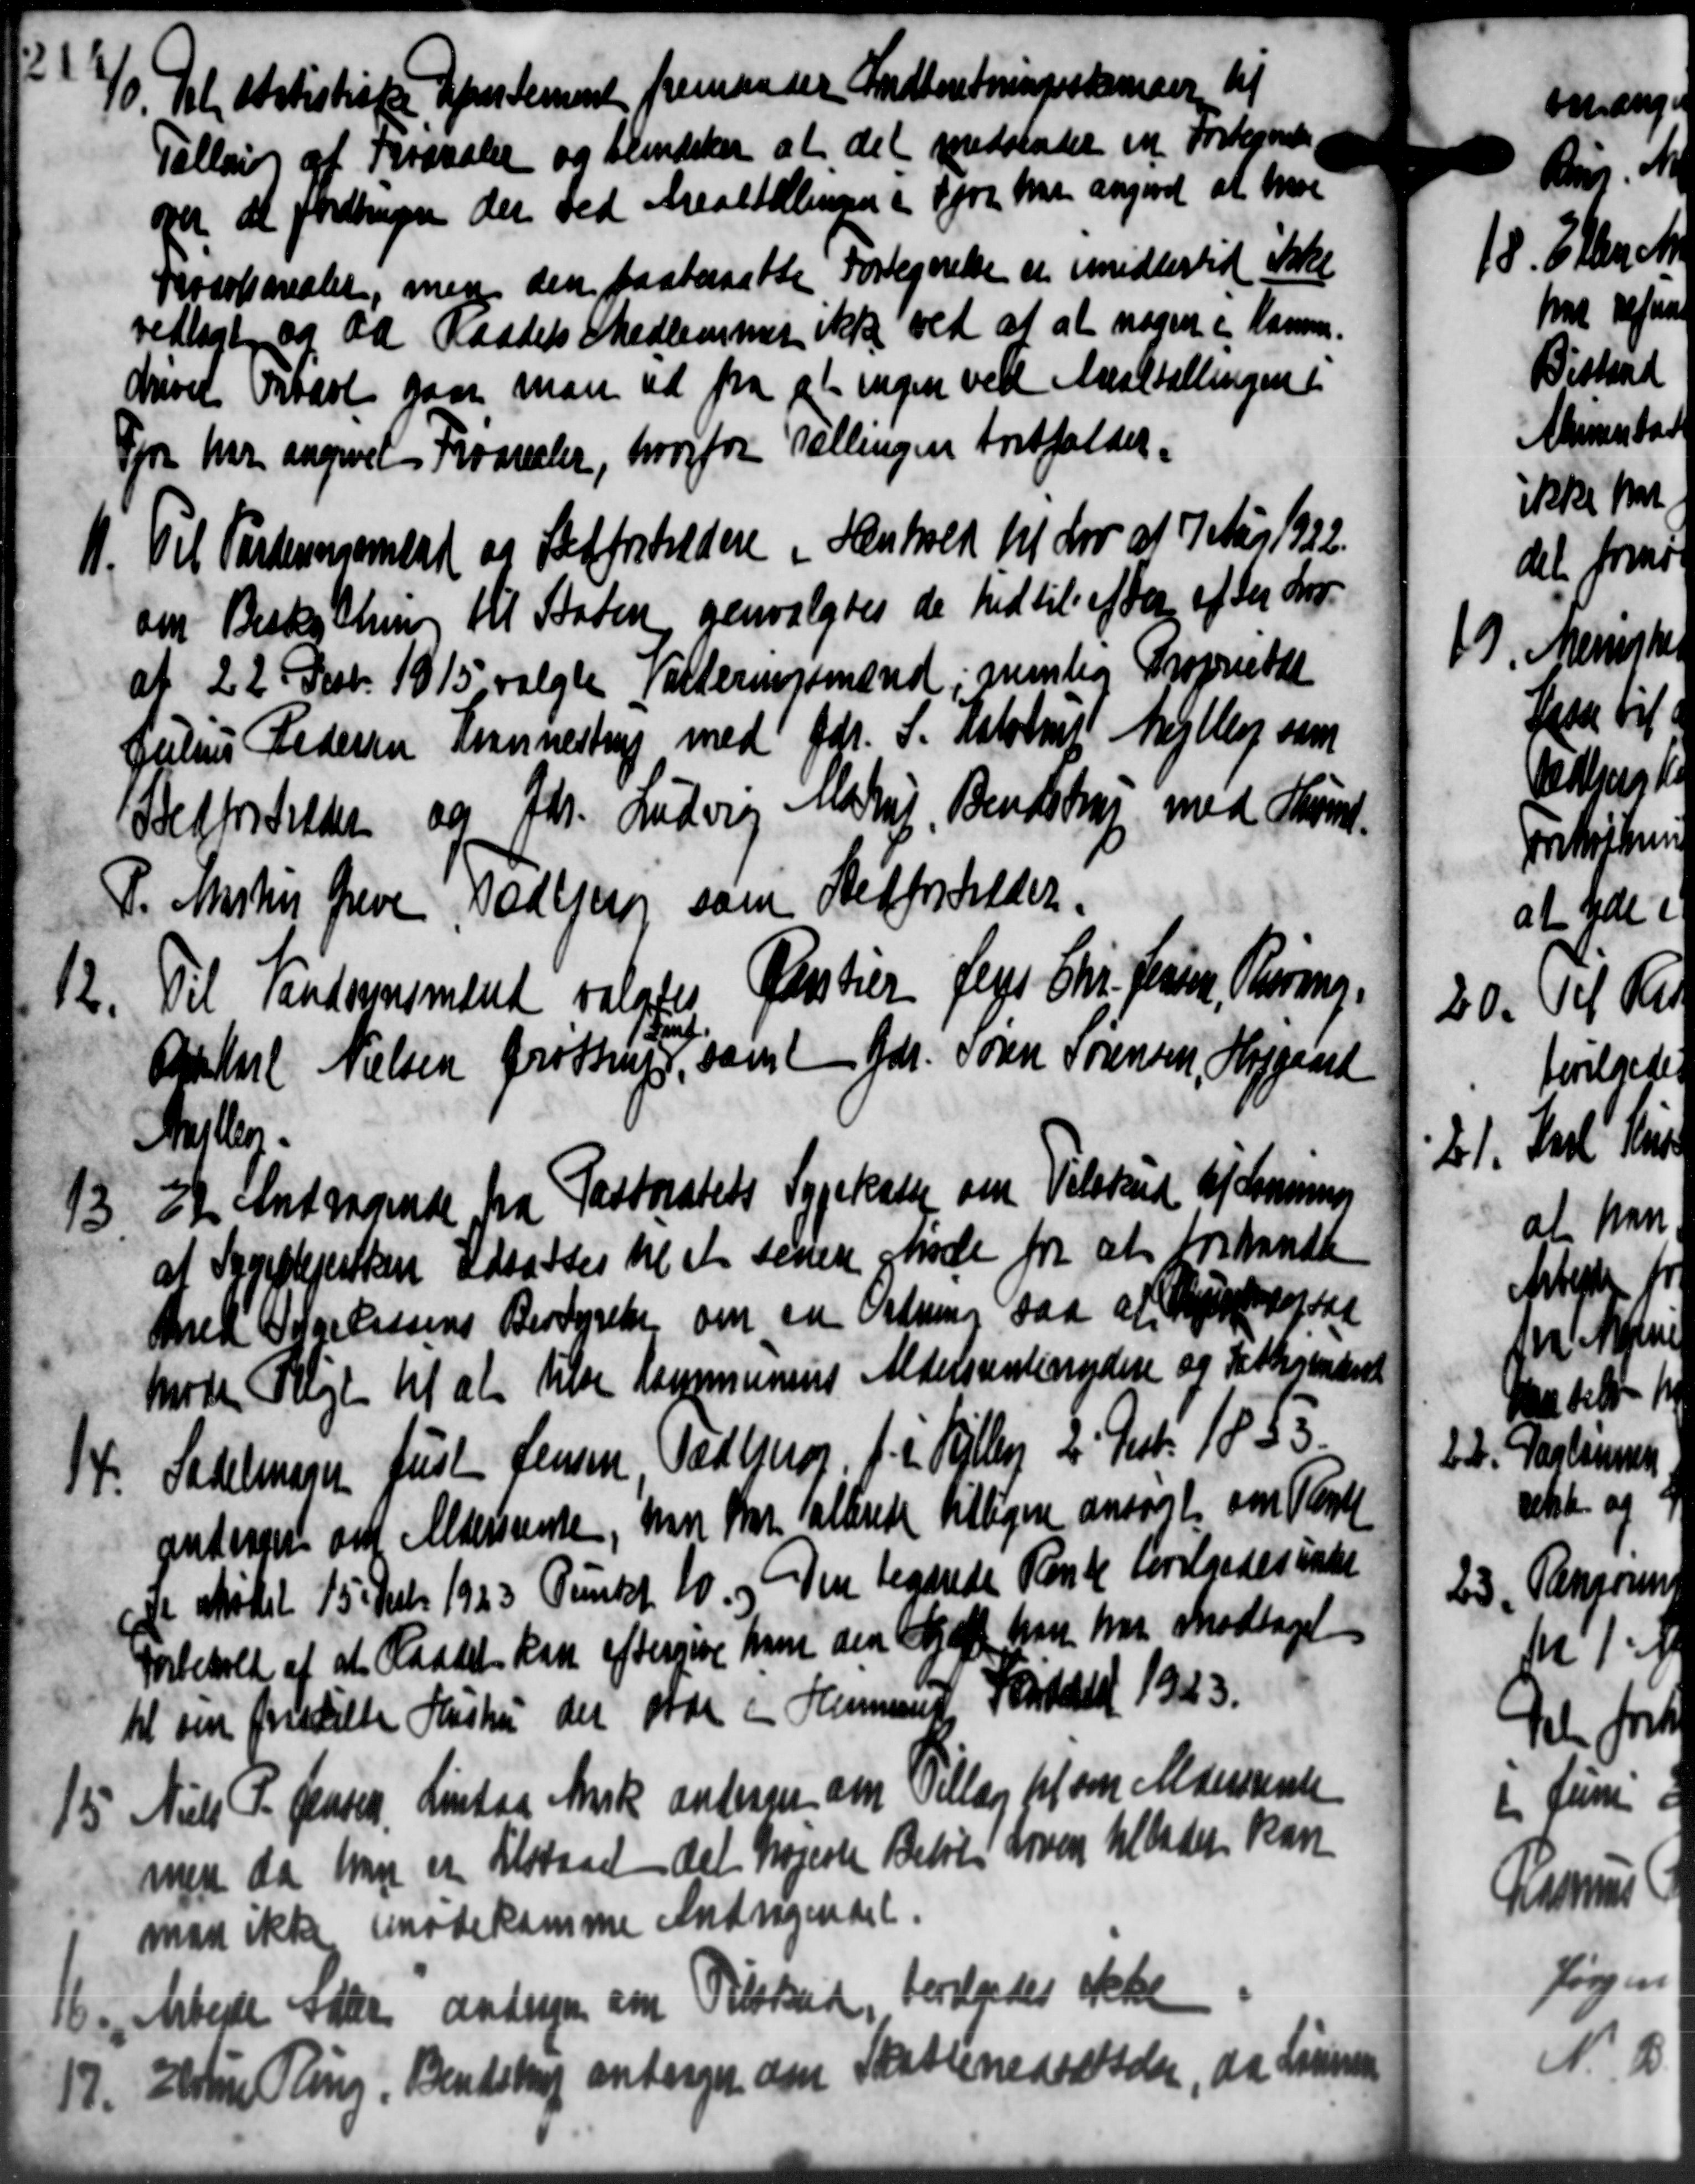
Transskription:
40. Til Artistiske Spenstemmet fremsender Indberetningsskemaer til
40. Til Artistiske Spenstemmet fremsender Indberetningsskemaer til
Tilling af Prokaler og blindsker at det medsender en Fortegnelse
oger at fordringen der ved Arealtællingen i fjor har angaaet at have
Prvationaler, men den paatersatte Fortegnelse er imidlertid ikke
vedlagt og da Raadets Medlemmer ikke ved at at nogen i Kamme.
driver Ortaal gaar man ud fra at ingen ved Ansetællingeni
Fjor har angivet Froarealer, hvorfor Tællingen fortfalder,
11. Til Partersamlet og Sætforstoldere i Henbroen til for af 7 Aar 1922.
11. Til Partersamlet og Sætforstoldere i Henbroen til for af 7 Aar 1922.
om Besteretning til Staten genvalgtes de hidtil af den af den For-
af 22 Decb 1915, valgte Valderingsmænd, nemlig Proprietær
Julius Pedersen Krannestrup med Gdr. S. Helstrup Mejlby som
Betfordreder og Gdr. Ludvig Mastrup, Bendstrup med Christ-
P. Martin Greve, Todbjerg som Retforholder.
12.
Til Tandsynsmænd valgtes Partier Jens Chr. Jensen, Pharing.
Arhul Nielsen Grøttrup, samt Gdr. Søren Sørensen, Hagend
Arils
13
22. Andragende fra Pastoratets Sygekasse om Tilskud af Lønning
at Sygeplejestken Udsattes til at senere møde for at forhandte
Med Siderensens Bestyrelse om en Ordning saa at Kjendogsaa
Møde Pligt til at tilse Kommunens Aldersrentenydere og Skatterenderst
14.
Sadelmager Just Jensen Todbjerg f. i Kejlby 2. Just 1853.
anders amt Aldersrente, med Har talterede tilligere ansøgt som Kloste
Se Mødet 15 Decbr 1923 Punkt 10. og Den tegnede Rente bevilgedes inde
forbehold af at Raadet kan eftergive ham den betalt han har modtaget
til sin fristille Hustru der olde i Hermand Henstaldet 1923.
15. Niels P. Jensen, Lindaa Ansk andrager om Tillæg til sin Aldersrente
15. Niels P. Jensen, Lindaa Ansk andrager om Tillæg til sin Aldersrente
men da han er tilstaaet det højeste Beløb Loven tillader kan
man ikke imødekomme Andragendet.
16. Arbejde saar andrager om Tilskud, bevilgedes ikke
16. Arbejde saar andrager om Tilskud, bevilgedes ikke
17. Estru Ring, Bendstrup antage om Skattenedsætter, da Linnen
17. Estru Ring, Bendstrup antage om Skattenedsætter, da Linnen